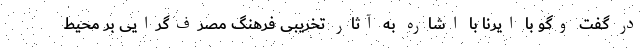
در گفت وگو با ایرنا با اشاره به آثار تخریبی فرهنگ مصرف‌گرایی بر محیط